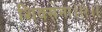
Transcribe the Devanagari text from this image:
शिवसेना।।१।।